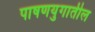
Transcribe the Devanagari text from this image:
पाषणयुगातील